system: You are a helpful assistant.
user:
Analyze the provided spectrum to determine if it is a **"Cataclysmic Variables (CV)"**.

- **Key Indicators for CV (Check for either state):**
    - **State 1: Quiescent / Low-State (Emission-Dominated)**
        - **(Primary):** Strong and *very broad* Hydrogen Balmer emission lines (e.g., $H\alpha$ at 6563 Å, $H\beta$ at 4861 Å). The 'broadness' (high velocity dispersion, often FWHM > 1000 km/s) is the key diagnostic, indicating a high-velocity accretion disk.
        - **(Secondary):** Broad neutral Helium (He I) emission lines (e.g., 5876 Å, 6678 Å).
        - **(Key Confirmation):** Presence of high-excitation *ionized* Helium (He II) emission at 4686 Å. This is a strong indicator of accretion onto a white dwarf.
        - **(Line Profile):** Emission lines may exhibit a 'double-peaked' profile, which is a classic signature of a rotating accretion disk viewed at high inclination.

    - **State 2: Outburst / High-State (Absorption-Dominated)**
        - **(Primary):** Spectrum is dominated by a bright, blue continuum (looks like a hot star).
        - **(Secondary):** The emission lines from State 1 are weak, absent, or 'filled in', and are replaced by broad, shallow *absorption* lines (primarily Balmer and He I).
        - **(Morphology):** The overall spectrum mimics a hot B/A-type star. The crucial difference is that the absorption lines are significantly broader, shallower, and more 'washed-out' (or 'smeared') than the sharp lines of a normal stellar photosphere, due to high rotational speeds and pressure broadening in the disk.

Think first, call **spectral_visualization_tool** if needed to examine features in detail, then provide your final answer. Your response must adhere to the following strict rules:
1.  **Overall Structure:** Your response must follow the format `<think>...</think> <tool_call>...</tool_call> (if a tool is used) <answer>...</answer>`.
2.  **Tool Usage Constraint:** You may only make **one** tool call per turn.
3.  **Final Answer Format:** In the `<answer>` tag, your conclusion must be inside a `\boxed{}` command (e.g., `\boxed{YES}`), followed by your justification.

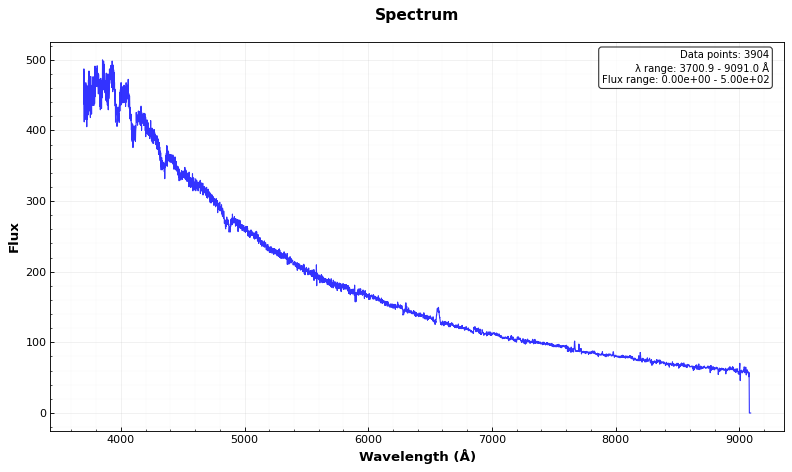
Answer: YES